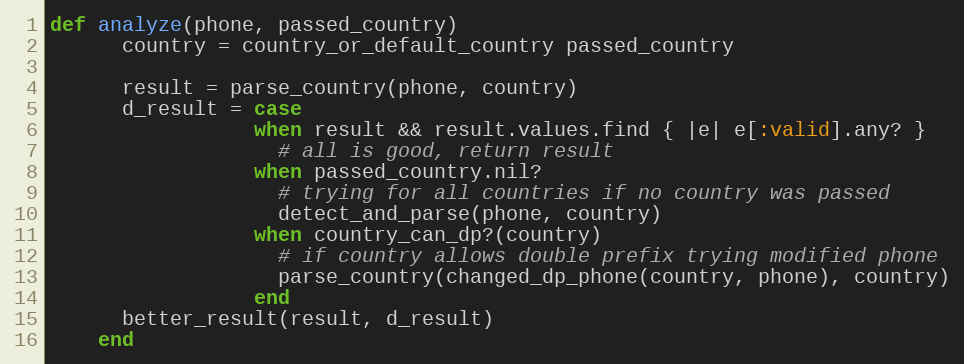
Language: Ruby
def analyze(phone, passed_country)
      country = country_or_default_country passed_country

      result = parse_country(phone, country)
      d_result = case
                 when result && result.values.find { |e| e[:valid].any? }
                   # all is good, return result
                 when passed_country.nil?
                   # trying for all countries if no country was passed
                   detect_and_parse(phone, country)
                 when country_can_dp?(country)
                   # if country allows double prefix trying modified phone
                   parse_country(changed_dp_phone(country, phone), country)
                 end
      better_result(result, d_result)
    end